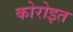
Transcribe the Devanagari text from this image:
कोरोइत